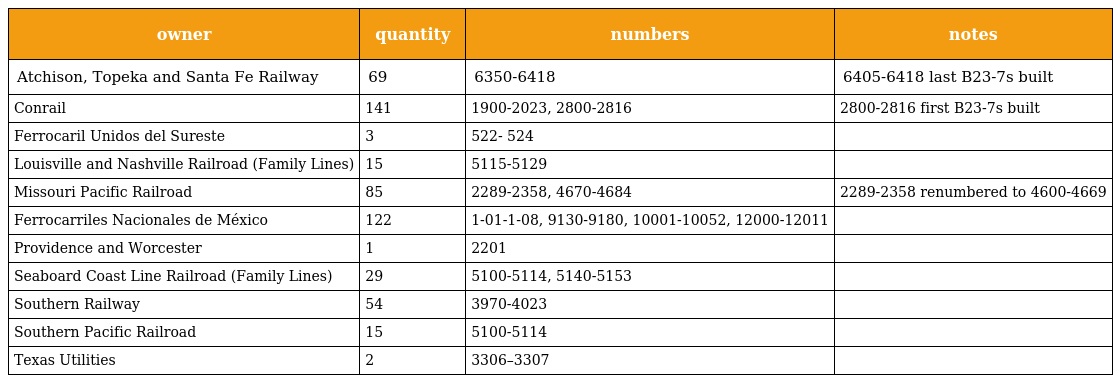
| owner | quantity | numbers | notes |
 | --- | --- | --- | --- |
 | Atchison, Topeka and Santa Fe Railway | 69 | 6350-6418 | 6405-6418 last B23-7s built |
 | Conrail | 141 | 1900-2023, 2800-2816 | 2800-2816 first B23-7s built |
 | Ferrocaril Unidos del Sureste | 3 | 522- 524 |  |
 | Louisville and Nashville Railroad (Family Lines) | 15 | 5115-5129 |  |
 | Missouri Pacific Railroad | 85 | 2289-2358, 4670-4684 | 2289-2358 renumbered to 4600-4669 |
 | Ferrocarriles Nacionales de México | 122 | 1-01-1-08, 9130-9180, 10001-10052, 12000-12011 |  |
 | Providence and Worcester | 1 | 2201 |  |
 | Seaboard Coast Line Railroad (Family Lines) | 29 | 5100-5114, 5140-5153 |  |
 | Southern Railway | 54 | 3970-4023 |  |
 | Southern Pacific Railroad | 15 | 5100-5114 |  |
 | Texas Utilities | 2 | 3306–3307 |  |